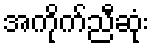
အကိုက်ညီဆုံး